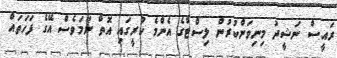
ރައީސް ނަޝީދު މިނިވަންކުރުން ލިސްޓްގެ އެންމެ ކުރީގައި އޮތް ނަމަވެސް އޭގެ ފަހަތައް